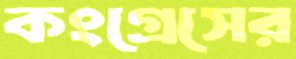
কংগ্রেসের